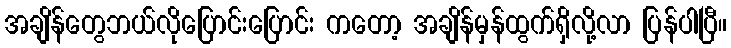
အချိန်တွေဘယ်လိုပြောင်းပြောင်း ကတော့ အချိန်မှန်ထွက်ရှိလို့လာ ပြန်ပါပြီ။